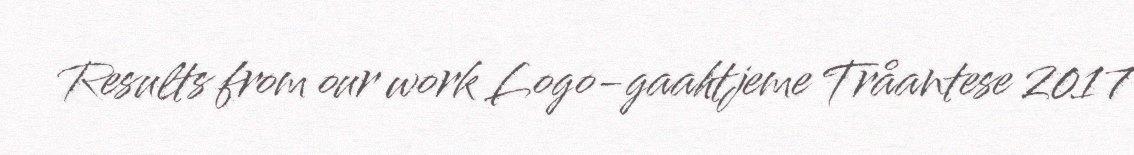
Results from our work Logo-gaahtjeme Tråantese 2017